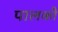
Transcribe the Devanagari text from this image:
पालकौं